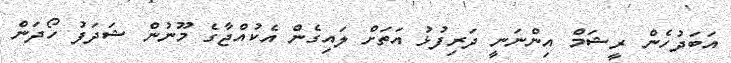
އަބަދުހެން ރީޝަމް އިންނަނީ ދަރިފުޅު އަތަށް ލައިގެން އެކުއްޖާގެ މޫނުން ޝަދަފު ހޯދަން